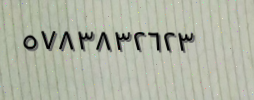
٥٧٨٣٨٣٢٦٢٣